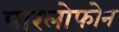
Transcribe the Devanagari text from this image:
पारलोफोन